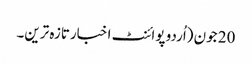
20 جون (اُردو پوائنٹ اخبارتازہ ترین۔